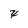
Character: x